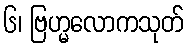
၆၊ ဗြဟ္မလောကသုတ်